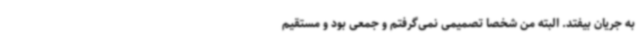
به جریان بیفتد. البته من شخصا تصمیمی نمی‌گرفتم و جمعی بود و مستقیم